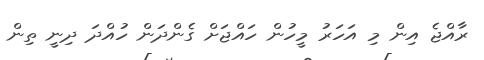
ރާއްޖެ އިން މި އަހަރު މީހުން ހައްޖަށް ގެންދަން ހުއްދަ ދިނީ ތިން